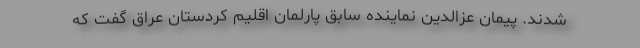
شدند. پیمان عزالدین نماینده سابق پارلمان اقلیم کردستان عراق گفت که